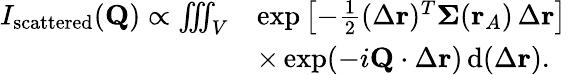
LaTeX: \begin{array}{rl}{I_{\textrm{scattered}}(\mathbf{Q})\propto\iiint_{V}}&{\exp\left[-\frac{1}{2}(\Delta\mathbf{r})^{T}\mathbf{\Sigma}(\mathbf{r}_{A})\, \Delta\mathbf{r}\right]}\\ &{\times\exp(-i\mathbf{Q}\cdot\Delta\mathbf{r})\, \mathrm{d}(\Delta\mathbf{r}).}\end{array}